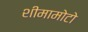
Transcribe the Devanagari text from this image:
शीमामोटो